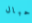
حبال